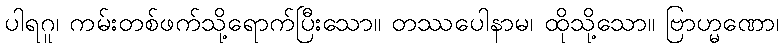
ပါရဂူ၊ ကမ်းတစ်ဖက်သို့ရောက်ပြီးသော။ တဿပေါနာမ၊ ထိုသို့သော။ ဗြာဟ္မဏော၊